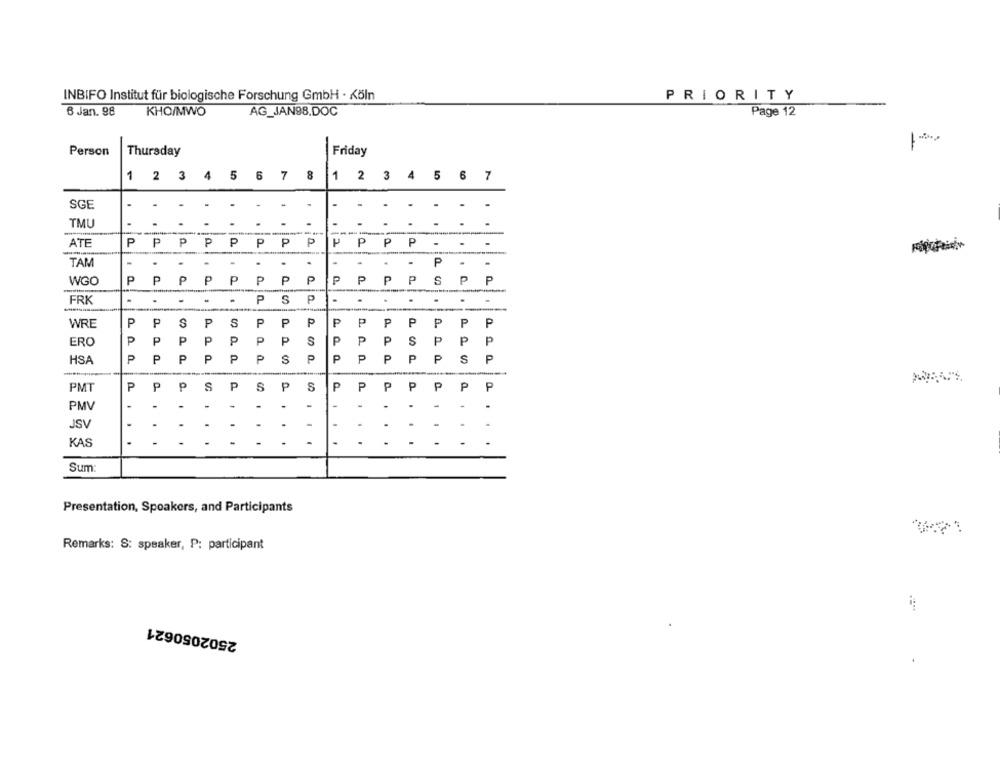
INBIFO Institut für biologische Forschung GmbH · Köln
PRIORITY
6 Jan. 98
KHO/MWO
AG_JAN98.DOC
Page 12
Person
Friday
-
Thursday
1
2
3 4
5
3 7
1 2 3 4 5 6 7 8
SGE
.
.
TMU
.
----
ATE
P
P
p
P
P
P
P
P
P
P
TAM
.
P
WGO
P
P
P
P
P
P
P
P
P
P
P
P
.
P
FRK
P
S
.
WRE
P
PSP
00
P
P
P
P
P
P
P
P
P
P
ERO
P
P
P
P
P
P
P
S
P
P
P
S
P
P
P
P
P
P
P
P
P
S
P
P
P
P
P
S
P
HSA
P
PMT
P
P
p
S
P
S
P
S
P
P
P
P
P
P
PMV
-
-
-
.
JSV
-
-
KAS
-
-
Sum:
Presentation, Speakers, and Participants
Remarks: S: speaker, P: participant
2502050621